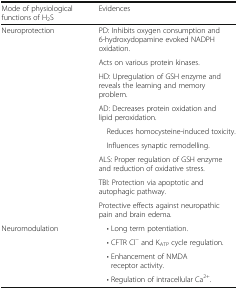
| Mode of physiological functions of H2S | Evidences |
 | --- | --- |
 | <ROWSPAN=9> Neuroprotection | PD: Inhibits oxygen consumption and 6-hydroxydopamine evoked NADPH oxidation. |
 | Acts on various protein kinases. |
 | HD: Upregulation of GSH enzyme and reveals the learning and memory problem. |
 | AD: Decreases protein oxidation and lipid peroxidation. |
 | Reduces homocysteine-induced toxicity. |
 | Influences synaptic remodelling. |
 | ALS: Proper regulation of GSH enzyme and reduction of oxidative stress. |
 | TBI: Protection via apoptotic and autophagic pathway. |
 | Protective effects against neuropathic pain and brain edema. |
 | <ROWSPAN=4> Neuromodulation | • Long term potentiation. |
 | • CFTR Cl− and KATP cycle regulation. |
 | • Enhancement of NMDA receptor activity. |
 | • Regulation of intracellular Ca2+. |